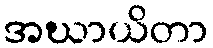
အဃာယိတာ